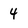
Character: 4